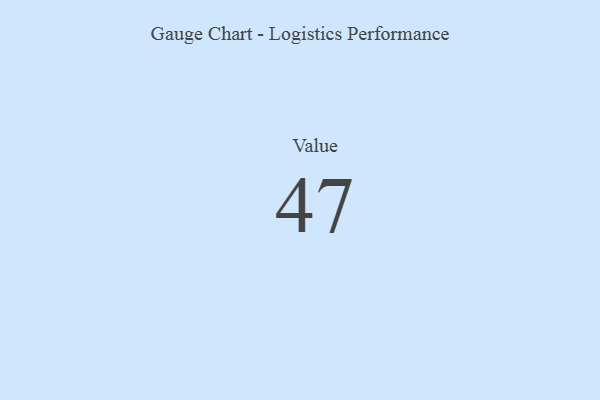
{"axis": {"x": "Metric", "y": "Value"}, "legend": [""], "data": [{"x": "Value", "y": 47, "type": ""}]}